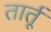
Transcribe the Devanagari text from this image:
तार्तू